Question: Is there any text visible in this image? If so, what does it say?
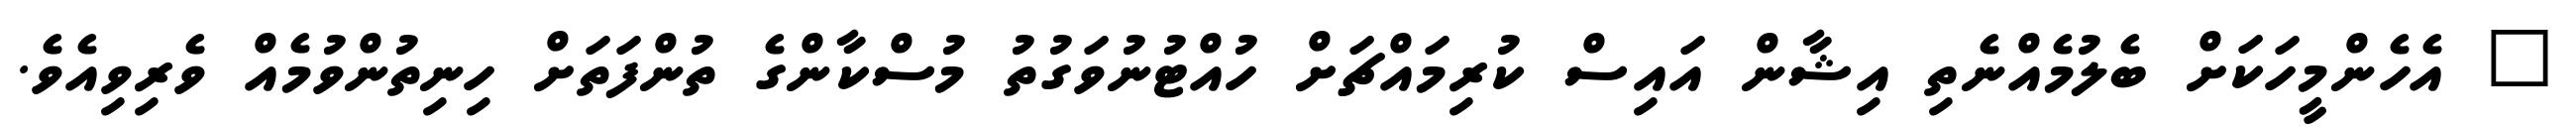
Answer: " އެހެންމީހަކަށް ބެލުމެއްނެތި އިޝާން އައިސް ކުރިމައްޗަށް ހުއްޓުނުވަގުތު މުސްކާންގެ ތުންފަތަށް ހިނިތުންވުމެއް ވެރިވިއެވެ.